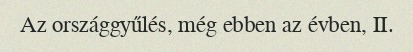
Az országgyűlés, még ebben az évben, II.